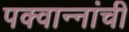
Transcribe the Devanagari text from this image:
पक्वान्‍नांची